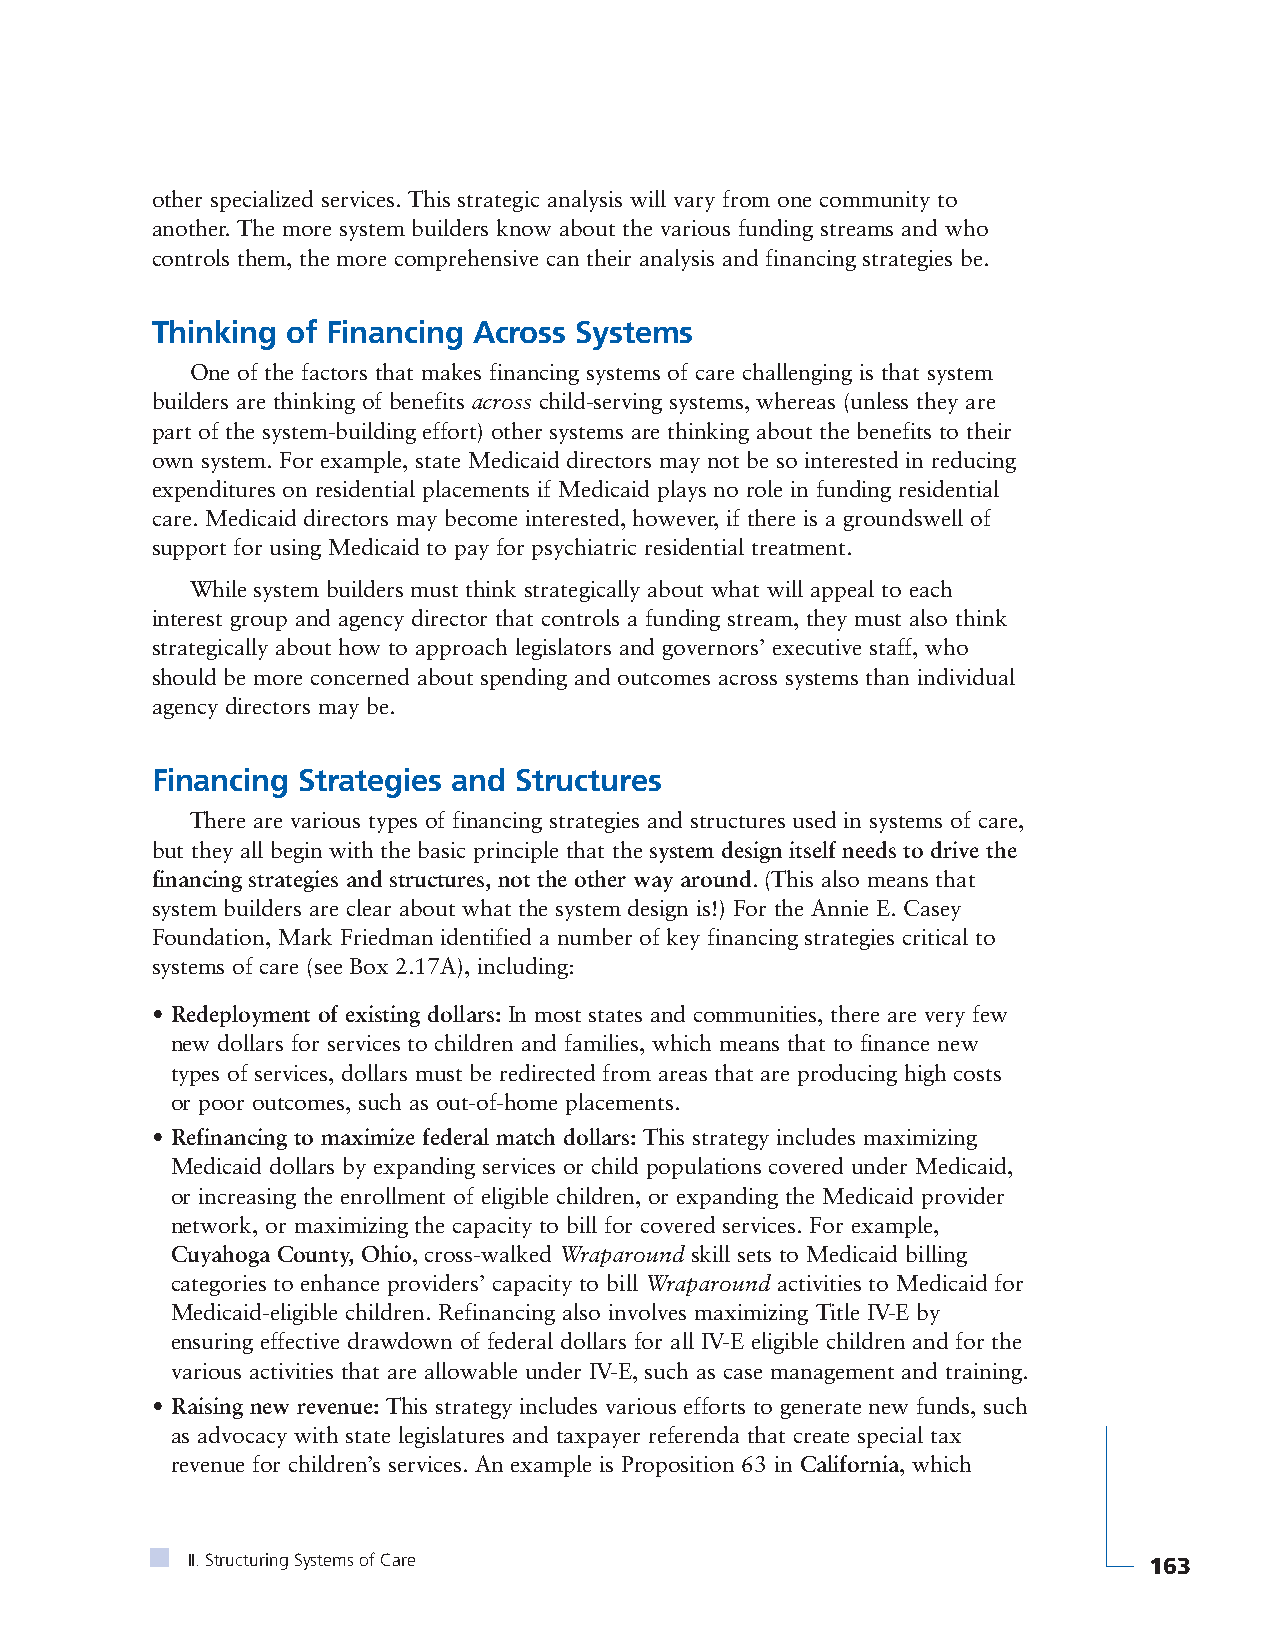
other specialized services. This strategic analysis will vary from one community to
 another. The more system builders know about the various funding streams and who
 controls them, the more comprehensive can their analysis and financing strategies be.
 Thinking of Financing Across Systems
 One of the factors that makes financing systems of care challenging is that system
 builders are thinking of benefits across child-serving systems, whereas (unless they are
 part of the system-building effort) other systems are thinking about the benefits to their
 own system. For example, state Medicaid directors may not be so interested in reducing
 expenditures on residential placements if Medicaid plays no role in funding residential
 care. Medicaid directors may become interested, however, if there is a groundswell of
 support for using Medicaid to pay for psychiatric residential treatment.
 While system builders must think strategically about what will appeal to each
 interest group and agency director that controls a funding stream, they must also think
 strategically about how to approach legislators and governors’ executive staff, who
 should be more concerned about spending and outcomes across systems than individual
 agency directors may be.
 Financing Strategies and Structures
 There are various types of financing strategies and structures used in systems of care,
 but they all begin with the basic principle that the system design itself needs to drive the
 financing strategies and structures, not the other way around. (This also means that
 system builders are clear about what the system design is!) For the Annie E. Casey
 Foundation, Mark Friedman identified a number of key financing strategies critical to
 systems of care (see Box 2.17A), including:
 • Redeployment of existing dollars: In most states and communities, there are very few
 new dollars for services to children and families, which means that to finance new
 types of services, dollars must be redirected from areas that are producing high costs
 or poor outcomes, such as out-of-home placements.
 • Refinancing to maximize federal match dollars: This strategy includes maximizing
 Medicaid dollars by expanding services or child populations covered under Medicaid,
 or increasing the enrollment of eligible children, or expanding the Medicaid provider
 network, or maximizing the capacity to bill for covered services. For example,
 Cuyahoga County, Ohio, cross-walked Wraparound skill sets to Medicaid billing
 categories to enhance providers’ capacity to bill Wraparound activities to Medicaid for
 Medicaid-eligible children. Refinancing also involves maximizing Title IV-E by
 ensuring effective drawdown of federal dollars for all IV-E eligible children and for the
 various activities that are allowable under IV-E, such as case management and training.
 • Raising new revenue: This strategy includes various efforts to generate new funds, such
 as advocacy with state legislatures and taxpayer referenda that create special tax
 revenue for children’s services. An example is Proposition 63 in California, which
 II. Structuring Systems of Care                                 163